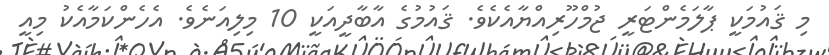
މި ޤައުމަކީ ޕާލަމެންޓަރީ ޖުމްހޫރިއްޔާއެކެވެ. ޤައުމުގެ އާބާދީއަކީ 10 މިލިއަނެވެ. އެހެންކަމާއެކު މިއީ